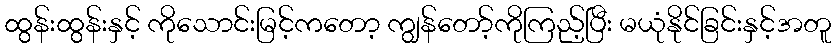
ထွန်းထွန်းနှင့် ကိုသောင်းမြင့်ကတော့ ကျွန်တော့်ကိုကြည့်ပြီး မယုံနိုင်ခြင်းနှင့်အတူ